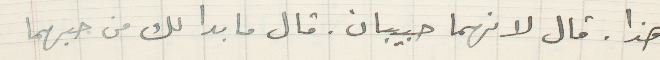
هذا. قال لانهما حبيبان. قال ما بدا لك من حبهما